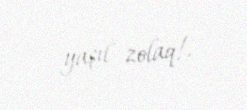
yaşıl zolaq!.